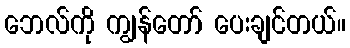
ဘေလ်ကို ကျွန်တော် ပေးချင်တယ်။